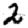
Digit: 2